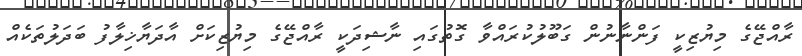
ރާއްޖޭގެ މިޔުޒިކީ ފަންނާނުން ގަބޫލުކުރައްވާ ގޮތުގައި ނާޝިދަކީ ރާއްޖޭގެ މިޔުޒިކަށް އާދަޔާޚިލާފު ބަދަލުތަކެއް